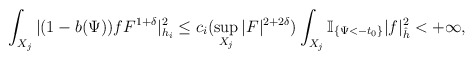
\begin{align*}\int_{X_j}|(1-b(\Psi))fF^{1+\delta}|_{h_i}^2\le c_i(\sup_{X_j}|F|^{2+2\delta}) \int_{X_j}\mathbb{I}_{\{\Psi<-t_0\}}|f|_{\hat{h}}^2<+\infty,\end{align*}